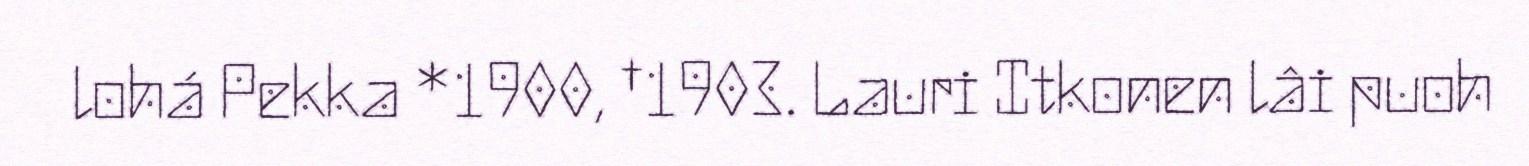
lohá Pekka *1900, †1903. Lauri Itkonen lâi puoh